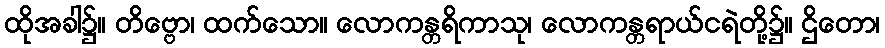
ထိုအခါ၌။ တိဗ္ဗော၊ ထက်သော။ လောကန္တရိကာသု၊ လောကန္တရာယ်ငရဲတို့၌။ ဌိတော၊